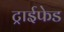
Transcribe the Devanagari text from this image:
ट्राईफेड